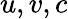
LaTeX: u,v,c